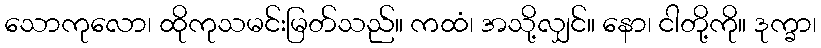
သောကုလော၊ ထိုကုသမင်းမြတ်သည်။ ကထံ၊ အသို့လျှင်။ နော၊ ငါတို့ကို။ ဒုက္ခာ၊